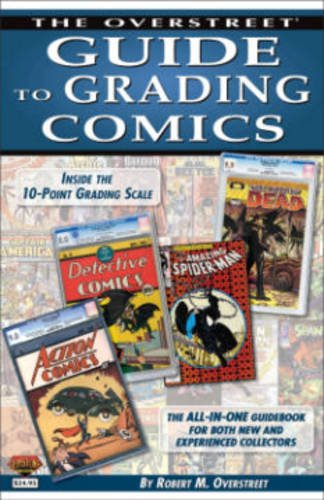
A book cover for Overstreet Guide to Grading Comics 2015 (Overstreet Guide to Collecting SC); Robert M. Overstreet; Comics & Graphic Novels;